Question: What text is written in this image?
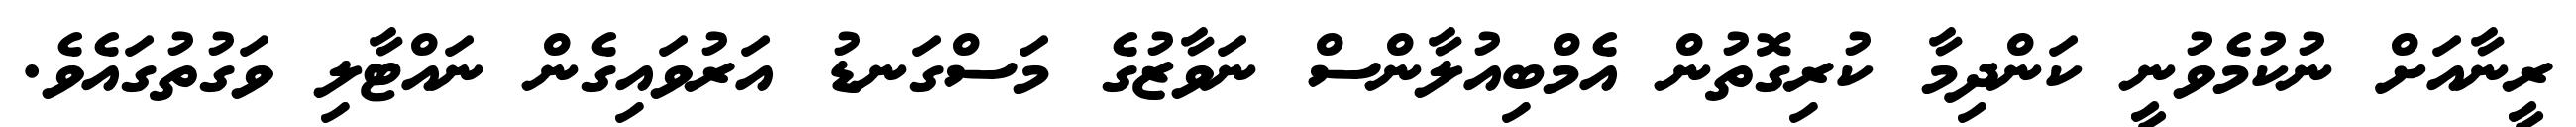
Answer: ރީނާއަށް ނުކުމެވުނީ ކަންދިމާ ކުރިގޮތުން އެމްބިއުލާންސް ނަވާޒުގެ މަސްގަނޑު އަރުވައިގެން ނައްޓާލި ވަގުތުގައެވެ.